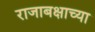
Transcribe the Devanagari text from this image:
राजाबक्षाच्या